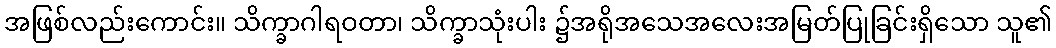
အဖြစ်လည်းကောင်း။ သိက္ခာဂါရဝတာ၊ သိက္ခာသုံးပါး ၌အရိုအသေအလေးအမြတ်ပြုခြင်းရှိသော သူ၏